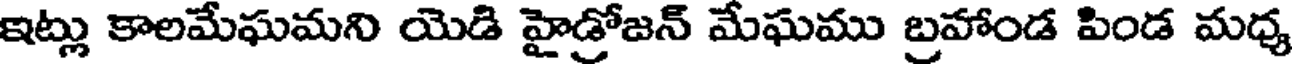
ఇట్లు కాలమేఘమని యెడి హైడ్రోజన్ మేఘము బ్రహాండ పిండ మధ్య